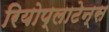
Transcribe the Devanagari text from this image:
रियोप्लाटेन्स